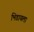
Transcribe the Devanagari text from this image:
भिडायला